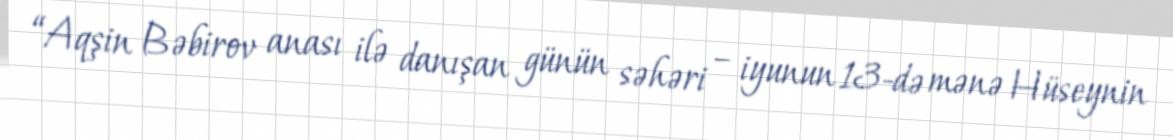
“Aqşin Bəbirov anası ilə danışan günün səhəri – iyunun 13-də mənə Hüseynin